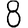
Digit: 8